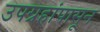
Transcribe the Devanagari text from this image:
उपग्रहांपासून